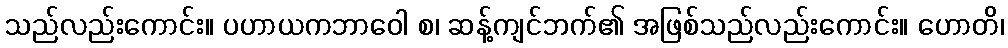
သည်လည်းကောင်း။ ပဟာယကဘာဝေါ စ၊ ဆန့်ကျင်ဘက်၏ အဖြစ်သည်လည်းကောင်း။ ဟောတိ၊